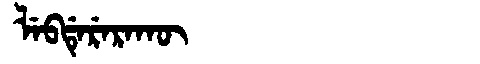
Manchu: ᠯᡝᠪᡩᡝᡵᡝᡵᠠᡴᡡ
Romanization: LEBDERERAKŪ